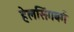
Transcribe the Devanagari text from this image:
हेलसिंगबर्ग